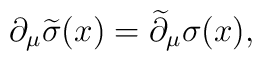
\partial_\mu\widetilde\sigma(x)=\widetilde\partial_\mu\sigma(x),